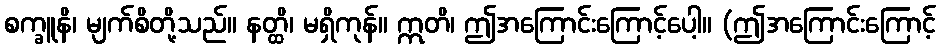
စက္ခူနိ၊ မျက်စိတို့သည်။ နတ္ထိ၊ မရှိကုန်။ ဣတိ၊ ဤအကြောင်းကြောင့်ပေါ့။ (ဤအကြောင်းကြောင့်